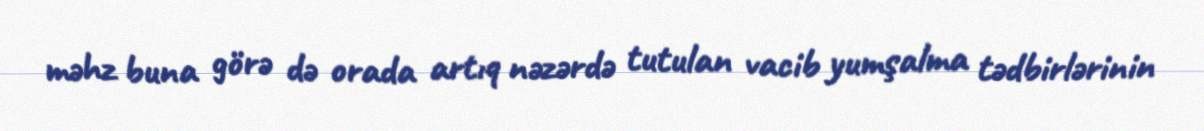
məhz buna görə də orada artıq nəzərdə tutulan vacib yumşalma tədbirlərinin